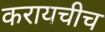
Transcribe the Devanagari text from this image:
करायचीच